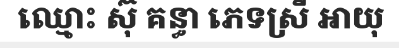
ឈ្មោះ ស៊ុ គន្ធា ភេទស្រី អាយុ